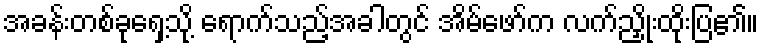
အခန်းတစ်ခုရှေ့သို့ ရောက်သည့်အခါတွင် အိမ်ဖော်က လက်ညှိုးထိုးပြ၏။